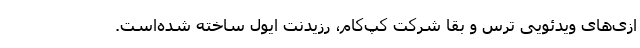
ازی‌های ویدئویی ترس و بقا شرکت کپ‌کام، رزیدنت ایول ساخته شده‌است.